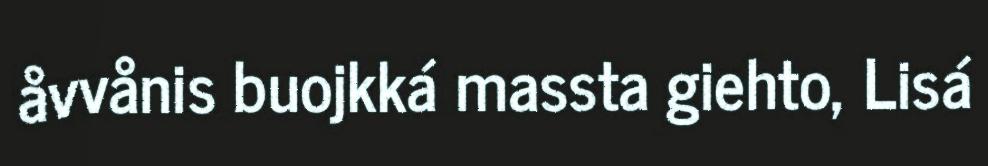
åvvånis buojkká massta giehto, Lisá